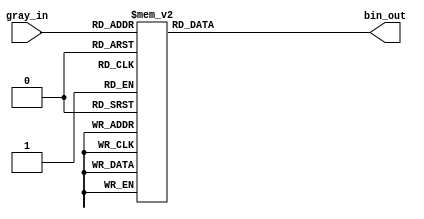
// SPDX-License-Identifier: Apache-2.0
// Copyright (C) 2019 Intel Corporation. 
module altr_hps_gray2bin (
	 gray_in,
	 bin_out
);
input  [2:0] gray_in;
output [2:0] bin_out;
reg    [2:0] bin_out;

always @(*) 
begin // gray to binary converting
	 case(gray_in)
		  3'b000: bin_out = 3'b000;
		  3'b001: bin_out = 3'b001;
		  3'b011: bin_out = 3'b010;
		  3'b010: bin_out = 3'b011;
		  3'b110: bin_out = 3'b100;
		  3'b111: bin_out = 3'b101;
		  3'b101: bin_out = 3'b110;
		  3'b100: bin_out = 3'b111;
		  default:bin_out = 3'b000;
	 endcase
end
endmodule